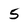
Character: 5